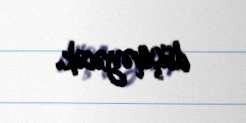
düşməyəcək.